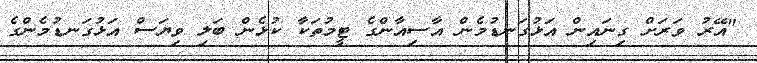
"އޭރު ވަރަށް ގިނައިން އަޅުގަނޑުމެން އާސިއާންގެ ޓީމުތަކާ ކުޅެން ބަލި ވިޔަސް އަޅުގަނޑުމެންގެ